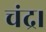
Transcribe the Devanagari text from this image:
चंद्र।